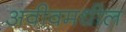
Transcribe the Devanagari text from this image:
अवीवमधील